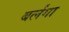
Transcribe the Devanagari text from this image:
बर्लंगा